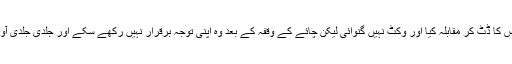
حالانکہ آٹھویں وکٹ کی رفاقت میں اسٹیون اسمتھ اور مچل جانسن نے پورے ایک سیشن تک پاکستانی بولرس کا ڈٹ کر مقابلہ کیا اور وکٹ نہیں گنوائی لیکن چائے کے وقفہ کے بعد وہ اپنی توجہ برقرار نہیں رکھے سکے اور جلدی جلدی آوٹ ہوگئے اس طرح پاکستان کو آسٹریلیا کے خلاف ایک طویل عرصہ کے بعد شاندار کامیابی حاصل ہوئی ۔